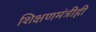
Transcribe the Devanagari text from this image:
शिक्षणमंत्रीही